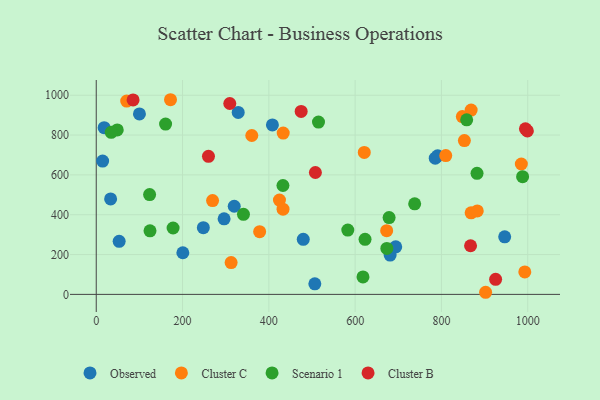
{"axis": {"x": "Ad Spend", "y": "Rating"}, "legend": ["Cluster B", "Cluster C", "Observed", "Scenario 1"], "data": [{"x": "319.8", "y": 442.6, "type": "Observed"}, {"x": "18.3", "y": 836.9, "type": "Observed"}, {"x": "200.7", "y": 209.1, "type": "Observed"}, {"x": "785.7", "y": 683.8, "type": "Observed"}, {"x": "506.6", "y": 52.8, "type": "Observed"}, {"x": "791.3", "y": 695.8, "type": "Observed"}, {"x": "479.8", "y": 276.4, "type": "Observed"}, {"x": "33.3", "y": 479.2, "type": "Observed"}, {"x": "329.0", "y": 913.8, "type": "Observed"}, {"x": "248.2", "y": 334.9, "type": "Observed"}, {"x": "53.1", "y": 266.6, "type": "Observed"}, {"x": "681.1", "y": 197.3, "type": "Observed"}, {"x": "408.3", "y": 851.0, "type": "Observed"}, {"x": "946.6", "y": 288.9, "type": "Observed"}, {"x": "694.1", "y": 238.7, "type": "Observed"}, {"x": "100.1", "y": 906.1, "type": "Observed"}, {"x": "296.3", "y": 379.4, "type": "Observed"}, {"x": "14.8", "y": 669.4, "type": "Observed"}, {"x": "868.8", "y": 409.3, "type": "Cluster C"}, {"x": "424.6", "y": 473.5, "type": "Cluster C"}, {"x": "848.5", "y": 892.7, "type": "Cluster C"}, {"x": "269.6", "y": 470.8, "type": "Cluster C"}, {"x": "883.1", "y": 419.3, "type": "Cluster C"}, {"x": "621.2", "y": 712.6, "type": "Cluster C"}, {"x": "868.9", "y": 925.5, "type": "Cluster C"}, {"x": "432.9", "y": 427.6, "type": "Cluster C"}, {"x": "378.7", "y": 315.0, "type": "Cluster C"}, {"x": "810.0", "y": 697.1, "type": "Cluster C"}, {"x": "993.2", "y": 113.0, "type": "Cluster C"}, {"x": "902.4", "y": 10.6, "type": "Cluster C"}, {"x": "70.6", "y": 970.4, "type": "Cluster C"}, {"x": "360.5", "y": 797.7, "type": "Cluster C"}, {"x": "673.1", "y": 320.0, "type": "Cluster C"}, {"x": "172.1", "y": 977.4, "type": "Cluster C"}, {"x": "312.6", "y": 159.5, "type": "Cluster C"}, {"x": "985.2", "y": 654.6, "type": "Cluster C"}, {"x": "433.3", "y": 809.7, "type": "Cluster C"}, {"x": "853.2", "y": 772.3, "type": "Cluster C"}, {"x": "673.5", "y": 230.9, "type": "Scenario 1"}, {"x": "432.7", "y": 546.8, "type": "Scenario 1"}, {"x": "123.7", "y": 501.1, "type": "Scenario 1"}, {"x": "678.7", "y": 385.8, "type": "Scenario 1"}, {"x": "618.2", "y": 87.6, "type": "Scenario 1"}, {"x": "623.0", "y": 276.3, "type": "Scenario 1"}, {"x": "160.7", "y": 855.0, "type": "Scenario 1"}, {"x": "48.7", "y": 826.0, "type": "Scenario 1"}, {"x": "341.2", "y": 402.2, "type": "Scenario 1"}, {"x": "858.5", "y": 876.6, "type": "Scenario 1"}, {"x": "882.5", "y": 607.8, "type": "Scenario 1"}, {"x": "34.7", "y": 813.7, "type": "Scenario 1"}, {"x": "583.0", "y": 322.8, "type": "Scenario 1"}, {"x": "124.6", "y": 319.3, "type": "Scenario 1"}, {"x": "515.1", "y": 865.4, "type": "Scenario 1"}, {"x": "178.1", "y": 333.3, "type": "Scenario 1"}, {"x": "988.1", "y": 590.8, "type": "Scenario 1"}, {"x": "738.0", "y": 454.7, "type": "Scenario 1"}, {"x": "474.9", "y": 918.7, "type": "Cluster B"}, {"x": "85.4", "y": 976.6, "type": "Cluster B"}, {"x": "260.1", "y": 693.1, "type": "Cluster B"}, {"x": "994.7", "y": 831.3, "type": "Cluster B"}, {"x": "925.6", "y": 75.4, "type": "Cluster B"}, {"x": "867.5", "y": 244.3, "type": "Cluster B"}, {"x": "507.9", "y": 612.1, "type": "Cluster B"}, {"x": "999.2", "y": 820.7, "type": "Cluster B"}, {"x": "309.5", "y": 958.5, "type": "Cluster B"}]}